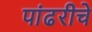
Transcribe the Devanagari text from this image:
पांढरीचे